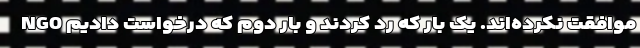
NGO موافقت نکرده‌اند. یک بار که رد کردند و بار دوم که درخواست دادیم